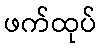
ဖက်ထုပ်